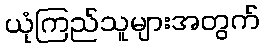
ယုံကြည်သူများအတွက်